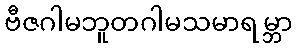
ဗီဇဂါမဘူတဂါမသမာရမ္ဘာ